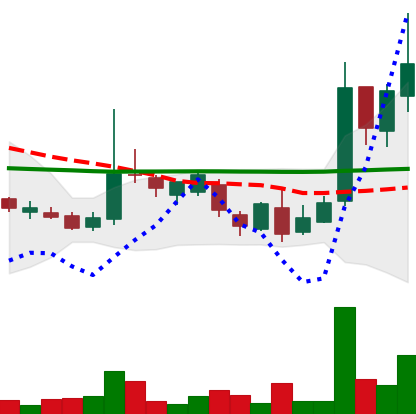
Ticker: LTC-USD
Chart end date: 2017-03-16
Forward return: -5.378%
Label: down_5_7